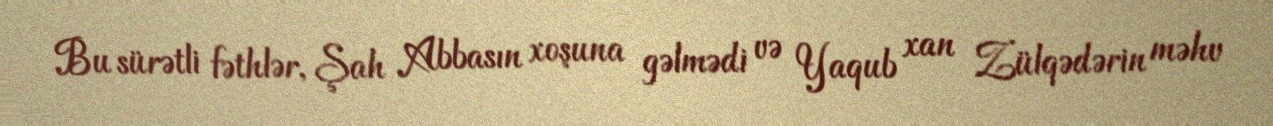
Bu sürətli fəthlər, Şah Abbasın xoşuna gəlmədi və Yaqub xan Zülqədərin məhv